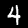
Digit: 4